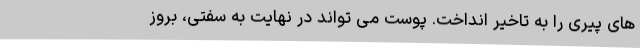
های پیری را به تاخیر انداخت. پوست می تواند در نهایت به سفتی، بروز